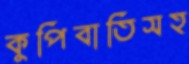
কুপিবাতিসহ